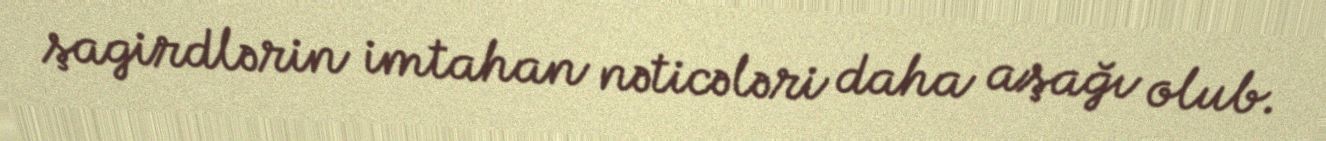
şagirdlərin imtahan nəticələri daha aşağı olub.